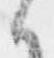
候